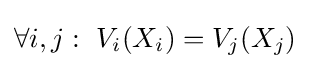
\forall i,j:\ V_{i}(X_{i})=V_{j}(X_{j})